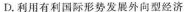
D.利用有利国际形势发展外向型经济